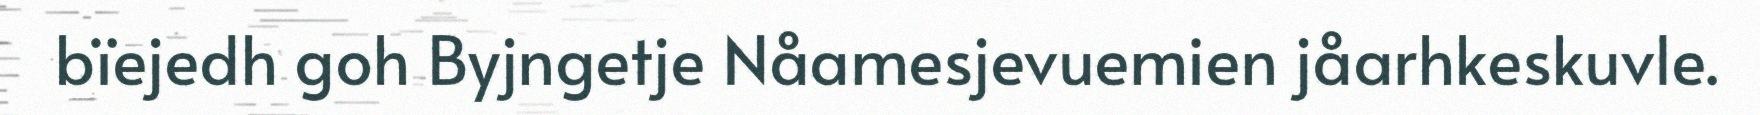
bïejedh goh Byjngetje Nåamesjevuemien jåarhkeskuvle.